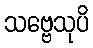
သဗ္ဗေသုပိ